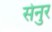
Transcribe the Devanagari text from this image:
सेनुर